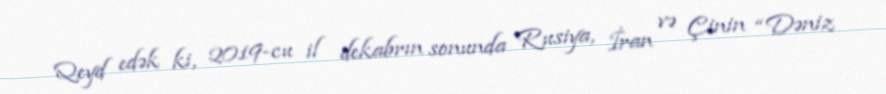
Qeyd edək ki, 2019-cu il dekabrın sonunda Rusiya, İran və Çinin “Dəniz